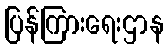
ပြန်ကြားရေးဌာန